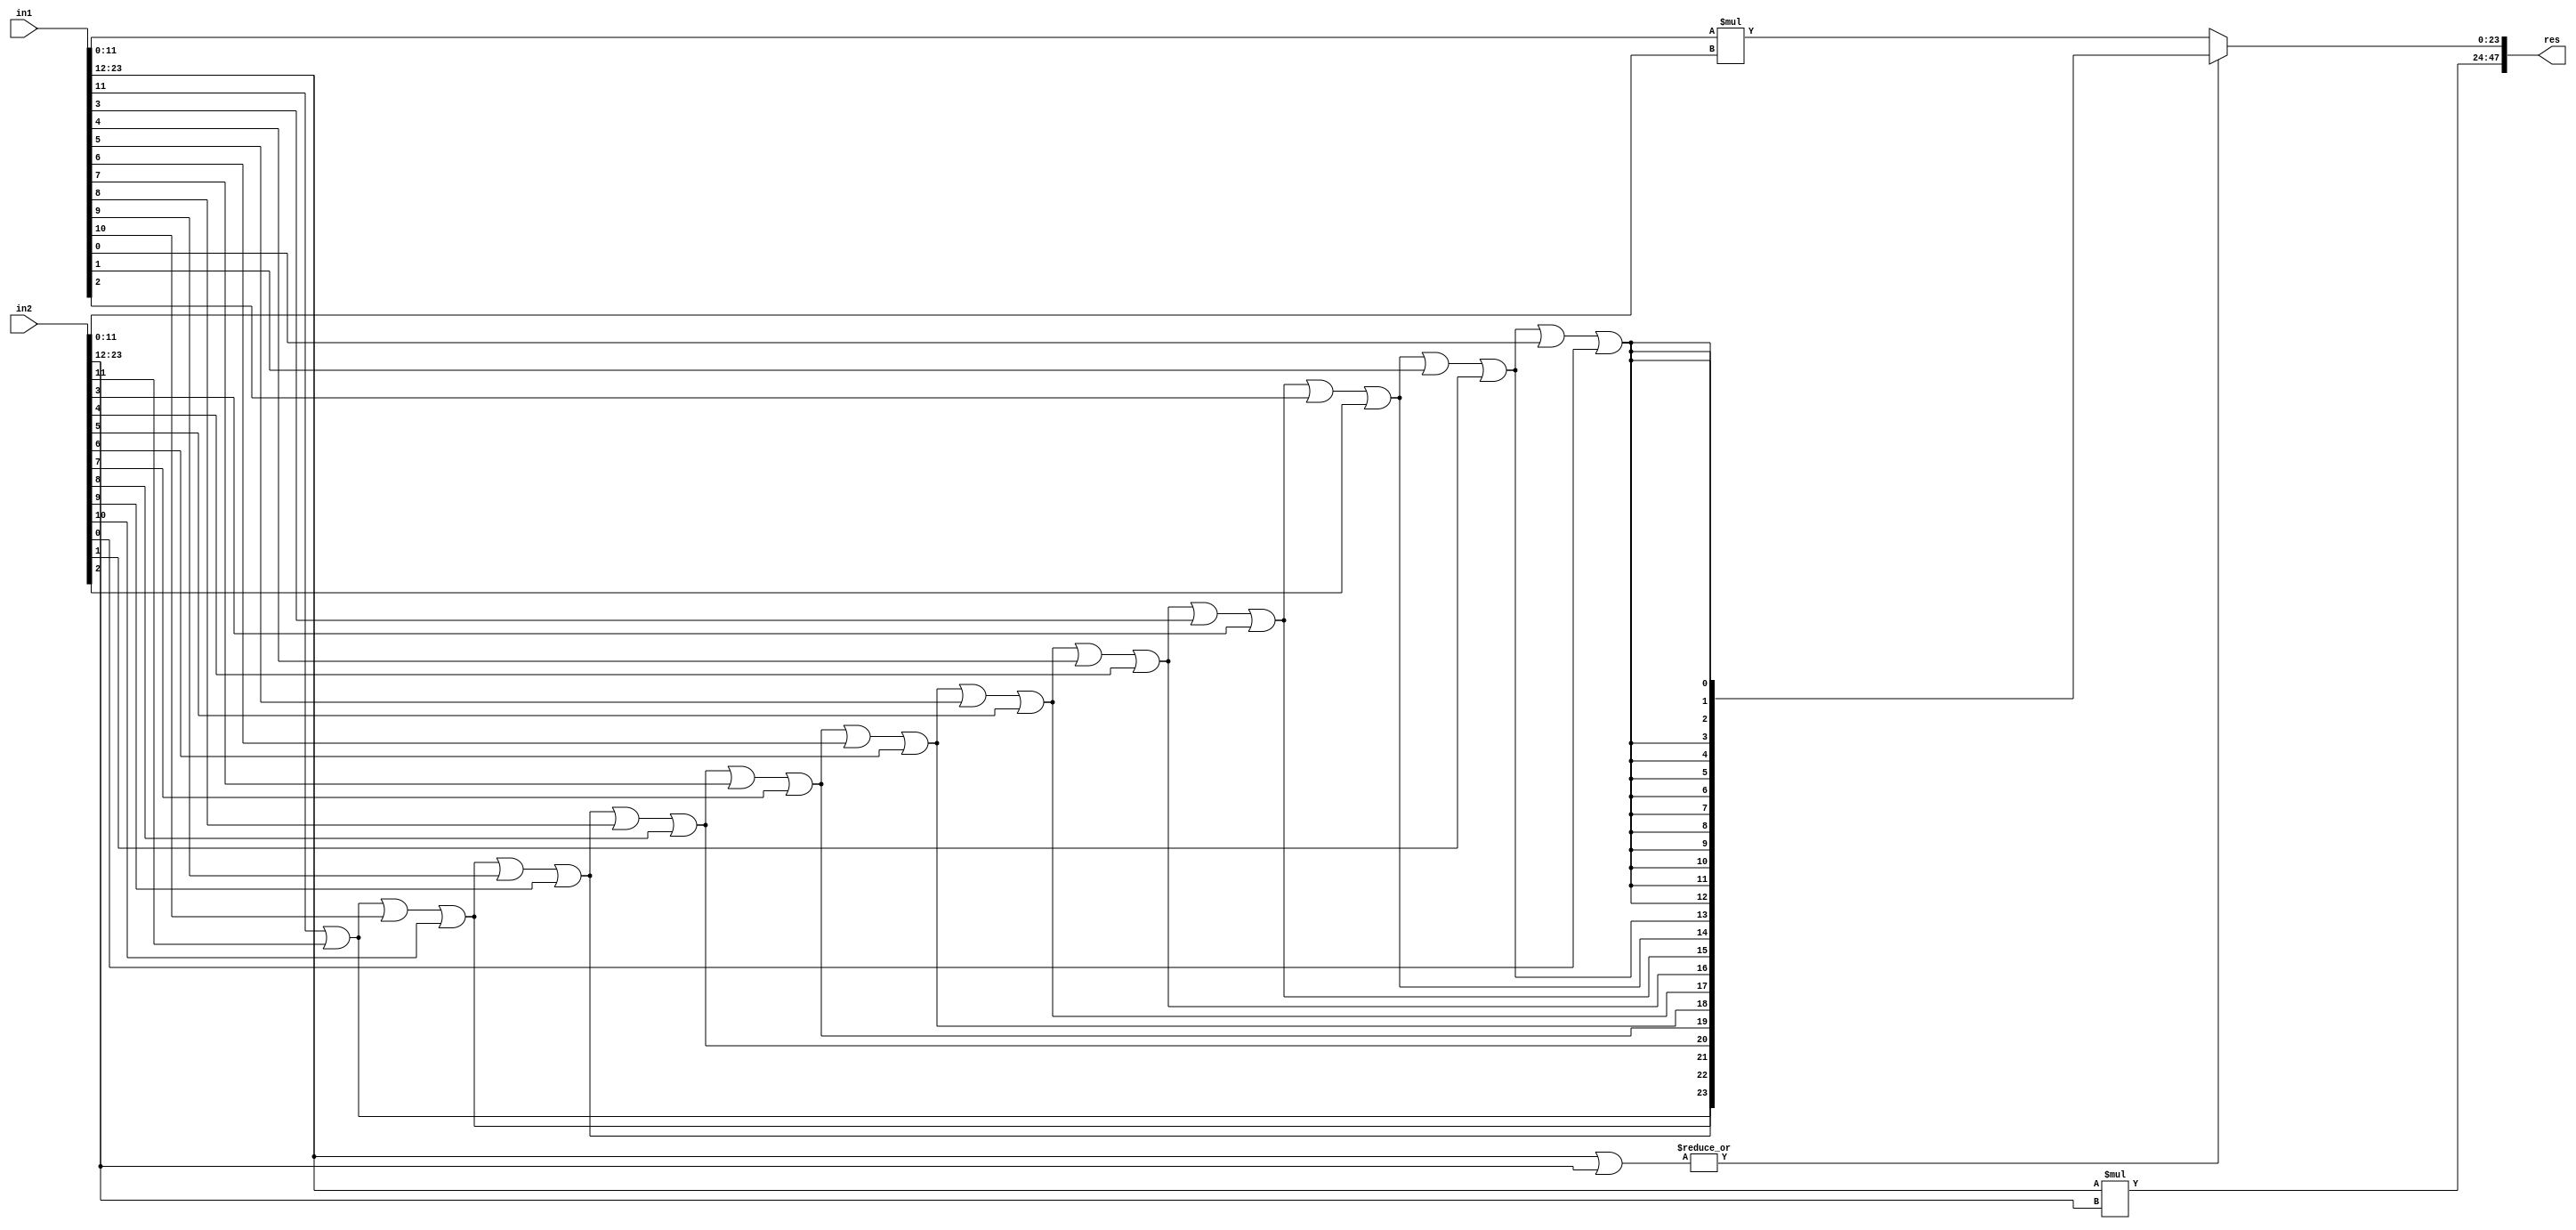
module ETM_Multiplier
 #(parameter W=24) (
        input wire [W-1:0] in1,
        input wire [W-1:0] in2,
       output wire [2*W-1:0] res
    );




generate
 genvar i;
  if (W%2==0) begin

       wire [(W>>1)-1:0] L_in1;
      wire [(W>>1)-1:0] R_in1;
      wire [(W>>1)-1:0] L_in2;
      wire [(W>>1)-1:0] R_in2;

      assign L_in1 = in1[W-1:(W>>1)];
      assign R_in1 = in1[(W>>1)-1:0];
      assign L_in2 = in2[W-1:(W>>1)];
      assign R_in2 = in2[(W>>1)-1:0];

      wire [(W>>1)-1:0] LowerOrTemp;
      wire [W-1:0] mux_LowerPart;
      wire [W-1:0] accurate_LowerPart;
      wire [W-1:0] approx_LowerPart;
      wire [W-1:0] accurate_UpperPart;

      wire UpperPartControlOR;

      assign UpperPartControlOR = |(L_in1|L_in2);
      assign LowerOrTemp [(W>>1)-1] = in1[(W>>1)-1] | in2[(W>>1)-1];

        genvar i;
        for (i = 0; i < ((W>>1)-1); i = i + 1)
        begin : LOWER_OR_BLK
          assign LowerOrTemp [i] = LowerOrTemp [i+1] | in1[i] | in2[i];
        end


      assign approx_LowerPart = {LowerOrTemp,{(W>>1){LowerOrTemp[0]}}};
      assign accurate_LowerPart = (R_in1*R_in2);
      assign accurate_UpperPart = (L_in1*L_in2);
      assign mux_LowerPart = (UpperPartControlOR) ? approx_LowerPart : accurate_LowerPart;
      assign res = {accurate_UpperPart,mux_LowerPart};

  end else begin

      localparam LPL= 1+(W>>1);
      localparam HPL= W-(W>>1)-1;

      wire [HPL-1:0] L_in1;
      wire [LPL-1:0] R_in1;
      wire [HPL-1:0] L_in2;
      wire [LPL-1:0] R_in2;

      assign L_in1 = in1[W-1:HPL];
      assign R_in1 = in1[LPL-1:0];
      assign L_in2 = in2[W-1:HPL];
      assign R_in2 = in2[LPL-1:0];

      wire [LPL-1:0] LowerOrTemp;
      wire [2*LPL-1:0] mux_LowerPart;
      wire [2*LPL-1:0] accurate_LowerPart;
      wire [2*LPL-1:0] approx_LowerPart;
      wire [2*HPL-1:0] accurate_UpperPart;

      wire UpperPartControlOR;

      assign UpperPartControlOR = |(L_in1|L_in2);
      assign LowerOrTemp [LPL-1] = in1[LPL-1] | in2[LPL-1];

        for (i = 0; i < (LPL-1); i = i + 1)
        begin : LOWER_OR_BLK
          assign LowerOrTemp [i] = LowerOrTemp [i+1] | in1[i] | in2[i];
        end


      assign approx_LowerPart = {LowerOrTemp,{LPL{LowerOrTemp[0]}}};
      assign accurate_LowerPart = (R_in1*R_in2);
      assign accurate_UpperPart = (L_in1*L_in2);
      assign mux_LowerPart = (UpperPartControlOR) ? approx_LowerPart : accurate_LowerPart;
      assign res = {accurate_UpperPart,mux_LowerPart};

  end

endgenerate

endmodule